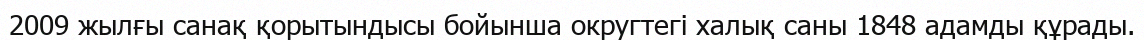
2009 жылғы санақ қорытындысы бойынша округтегі халық саны 1848 адамды құрады.